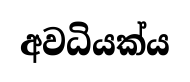
අවධියක්ය